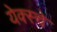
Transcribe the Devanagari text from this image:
येक्स्चे